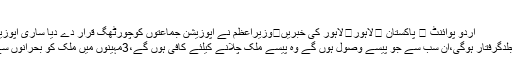
لاہور
اُردو پوائنٹ ⬅ پاکستان ⬅لاہور⬅لاہور کی خبریں⬅وزیراعظم نے اپوزیشن جماعتوں کوچورٹھگ قرار دے دیا ساری اپوزیشن جلدگرفتار ..
ساری اپوزیشن جلدگرفتار ہوگی،ان سب سے جو پیسے وصول ہوں گے وہ پیسے ملک چلانے کیلئے کافی ہوں گے،3مہینوں میں ملک کو بحرانوں سے نکال لیں گے۔